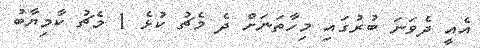
އެއީ ދެވަނަ ބުރުގައި މިހާތަނަށް ދެ މެޗު ކުޅެ 1 މެޗު ކާމިޔާބު